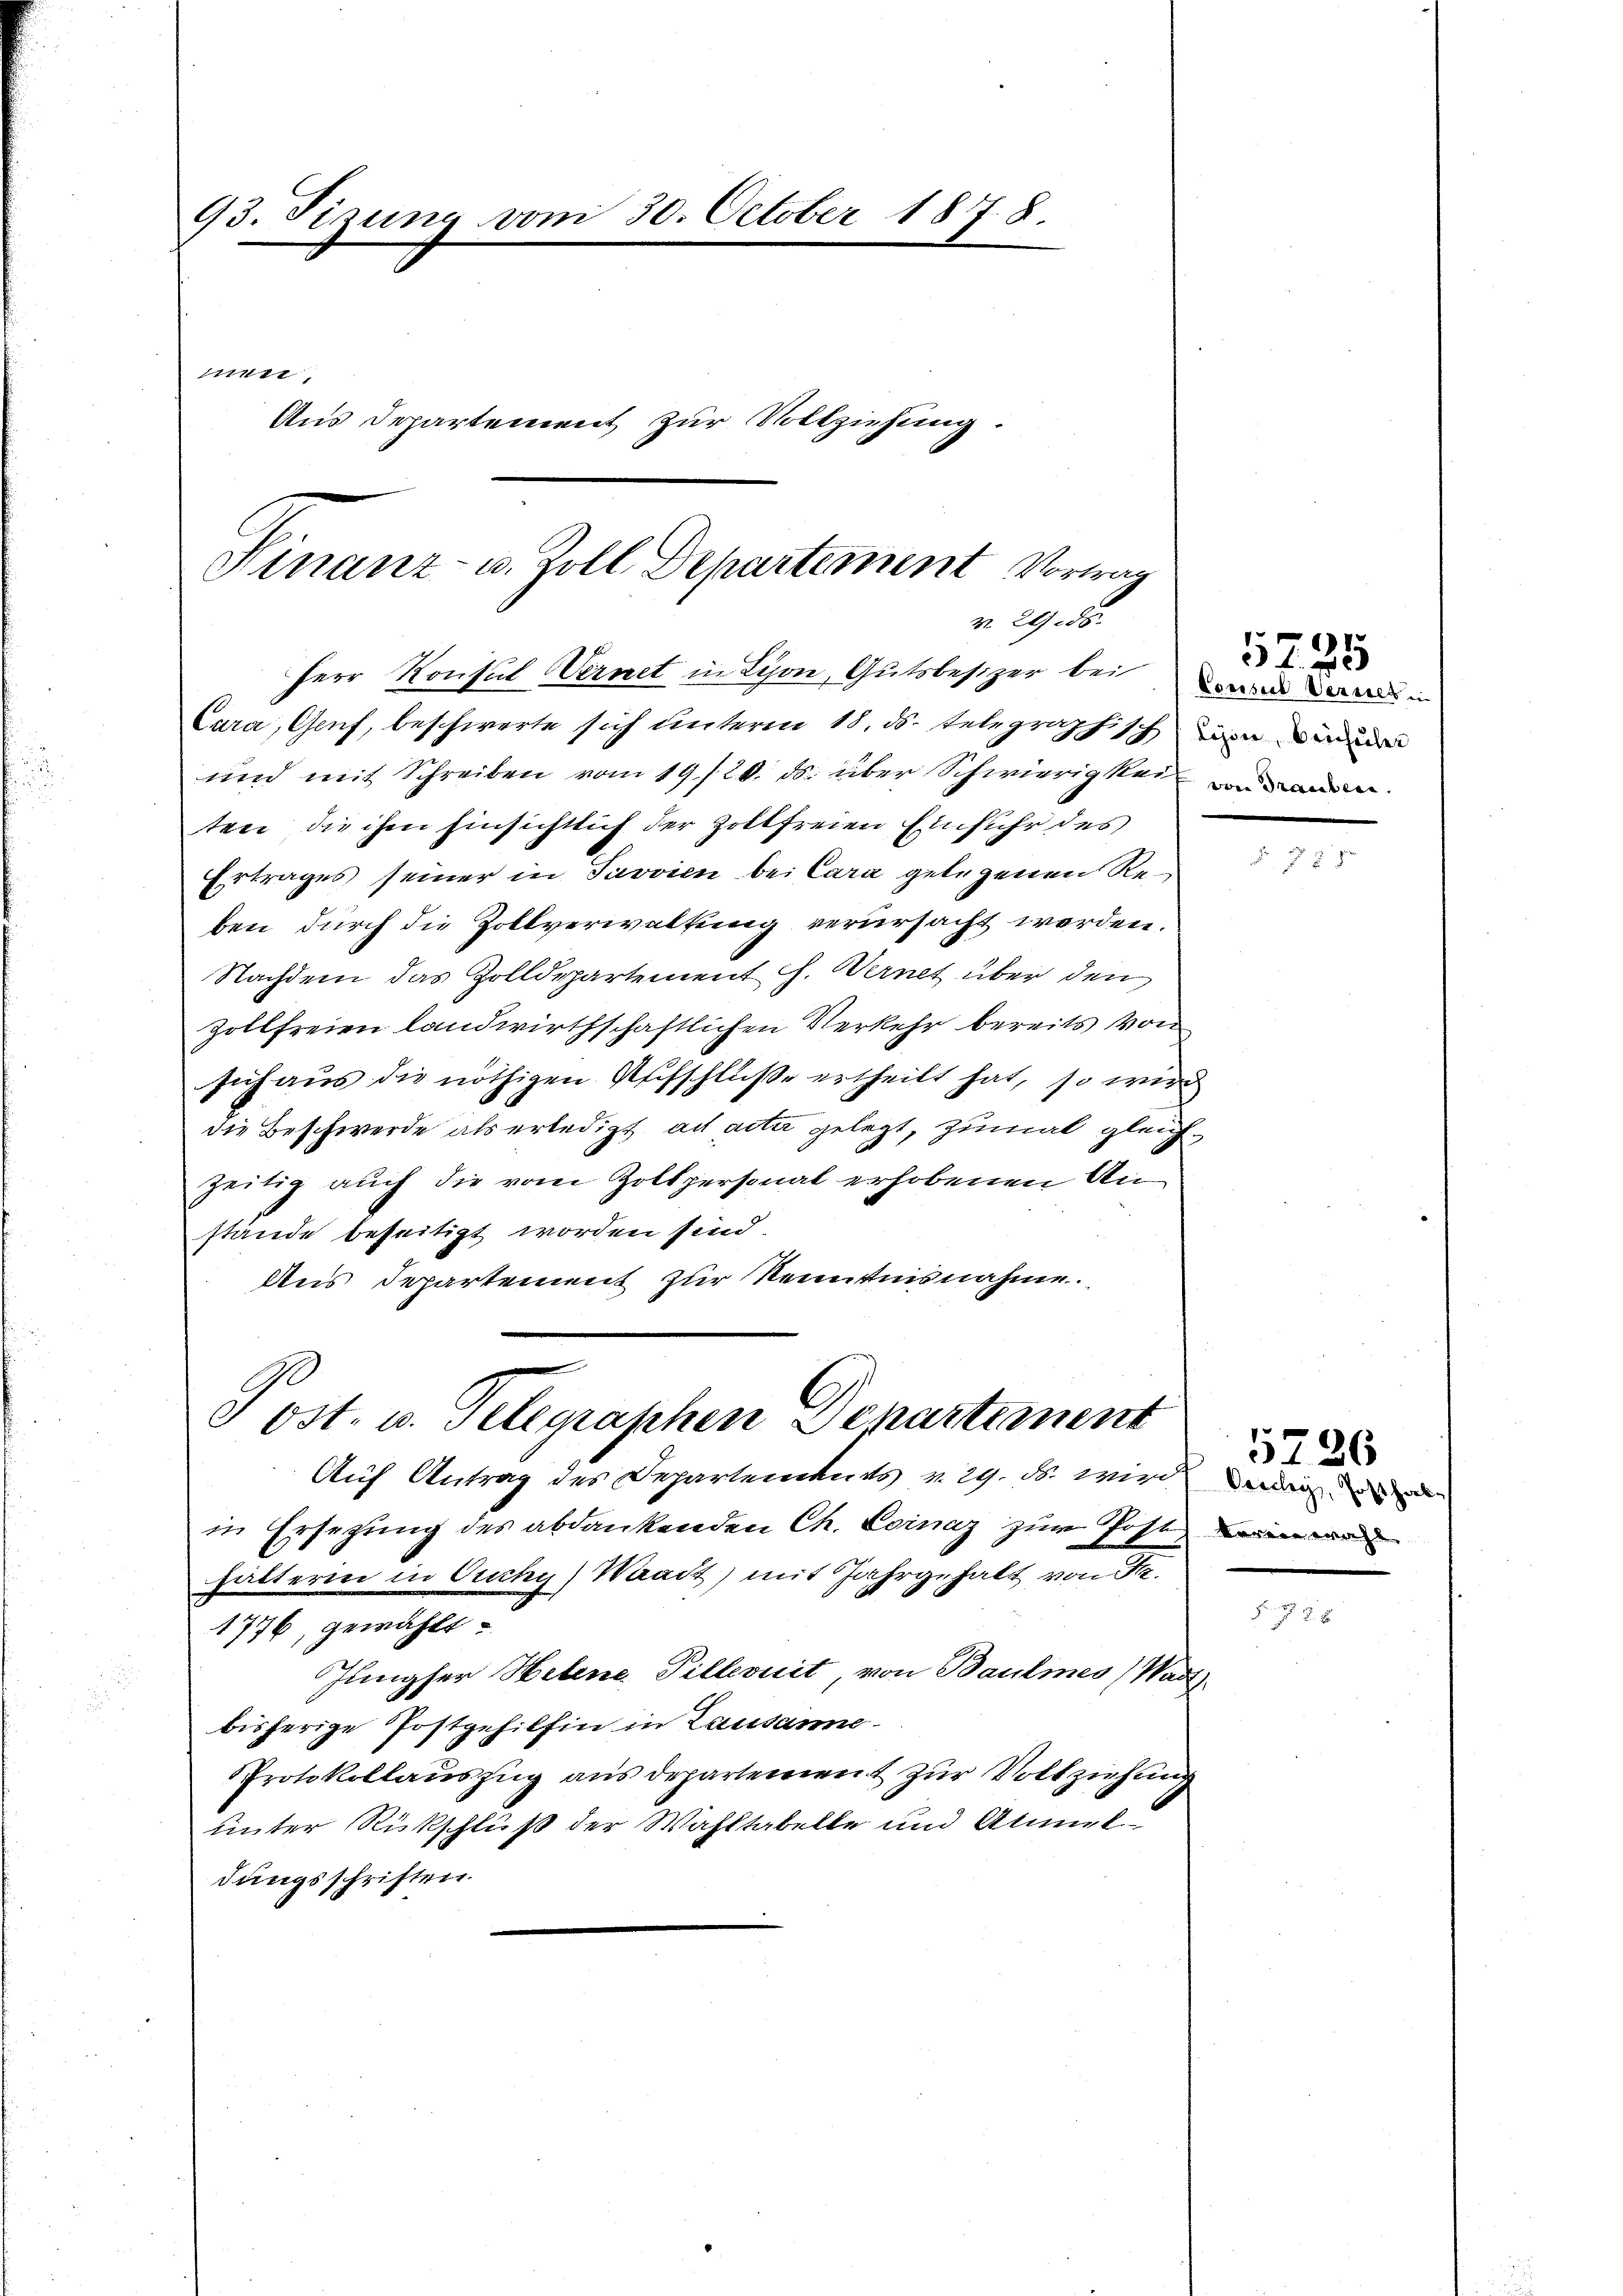
93. Tizung vom 30. October 1878.
mn.
Aus Departement zur Vollziehung.

Finanz- u. Zoll Departement Vorwar
v. 2956.
Herr Konsul Vernet in Lyon, Gutsbesizer bei und der in
Cara, Genf, beschwerte sich unterm 18. ds. telegraphisch in die

und mit Schreiben vom 19/20. ds. über Schwierigkei
ten, die ihm hinsichtlich der Zollfreien Einfuhr des
Ertrages seiner in Javvien bei Cara gelegenen Reben durch die Zollverwaltung verursacht worden.
Nachdem das Zolldepartement Ch. Wernet über den
Zollfreien landwirthschaftlichen Verkehr bereits von
sich aus die nöthigen Aufschlüße ertheilt hat, so wird
die Beschwerde als erledigt ad acta gelegt, zumal gleichzeitig auch die vom Zollpersonal erhobenen Anstände beseitigt worden sind.
Aus Departement zur Kenntnisnahme.

ost. u. Telegraphen Departement

Auf Antrag des Departements v. 29. ds. wird man
in Ersetzung des abdankenden Ch. Loinaz zum Post darin wer
Hätterin in Ouchy) Waadt) mit Jahrgehalt von Fr.
1776, gewählt
Jungser Helene Pillernit von Baumes Was
bisherige Postgehilfen in Lausanne
PProtokollauszug aus departement zur Vollziehung
unter Rückschluß der Wahltabelle und Anmeldungsschriften.

h

)
 f 12

5726